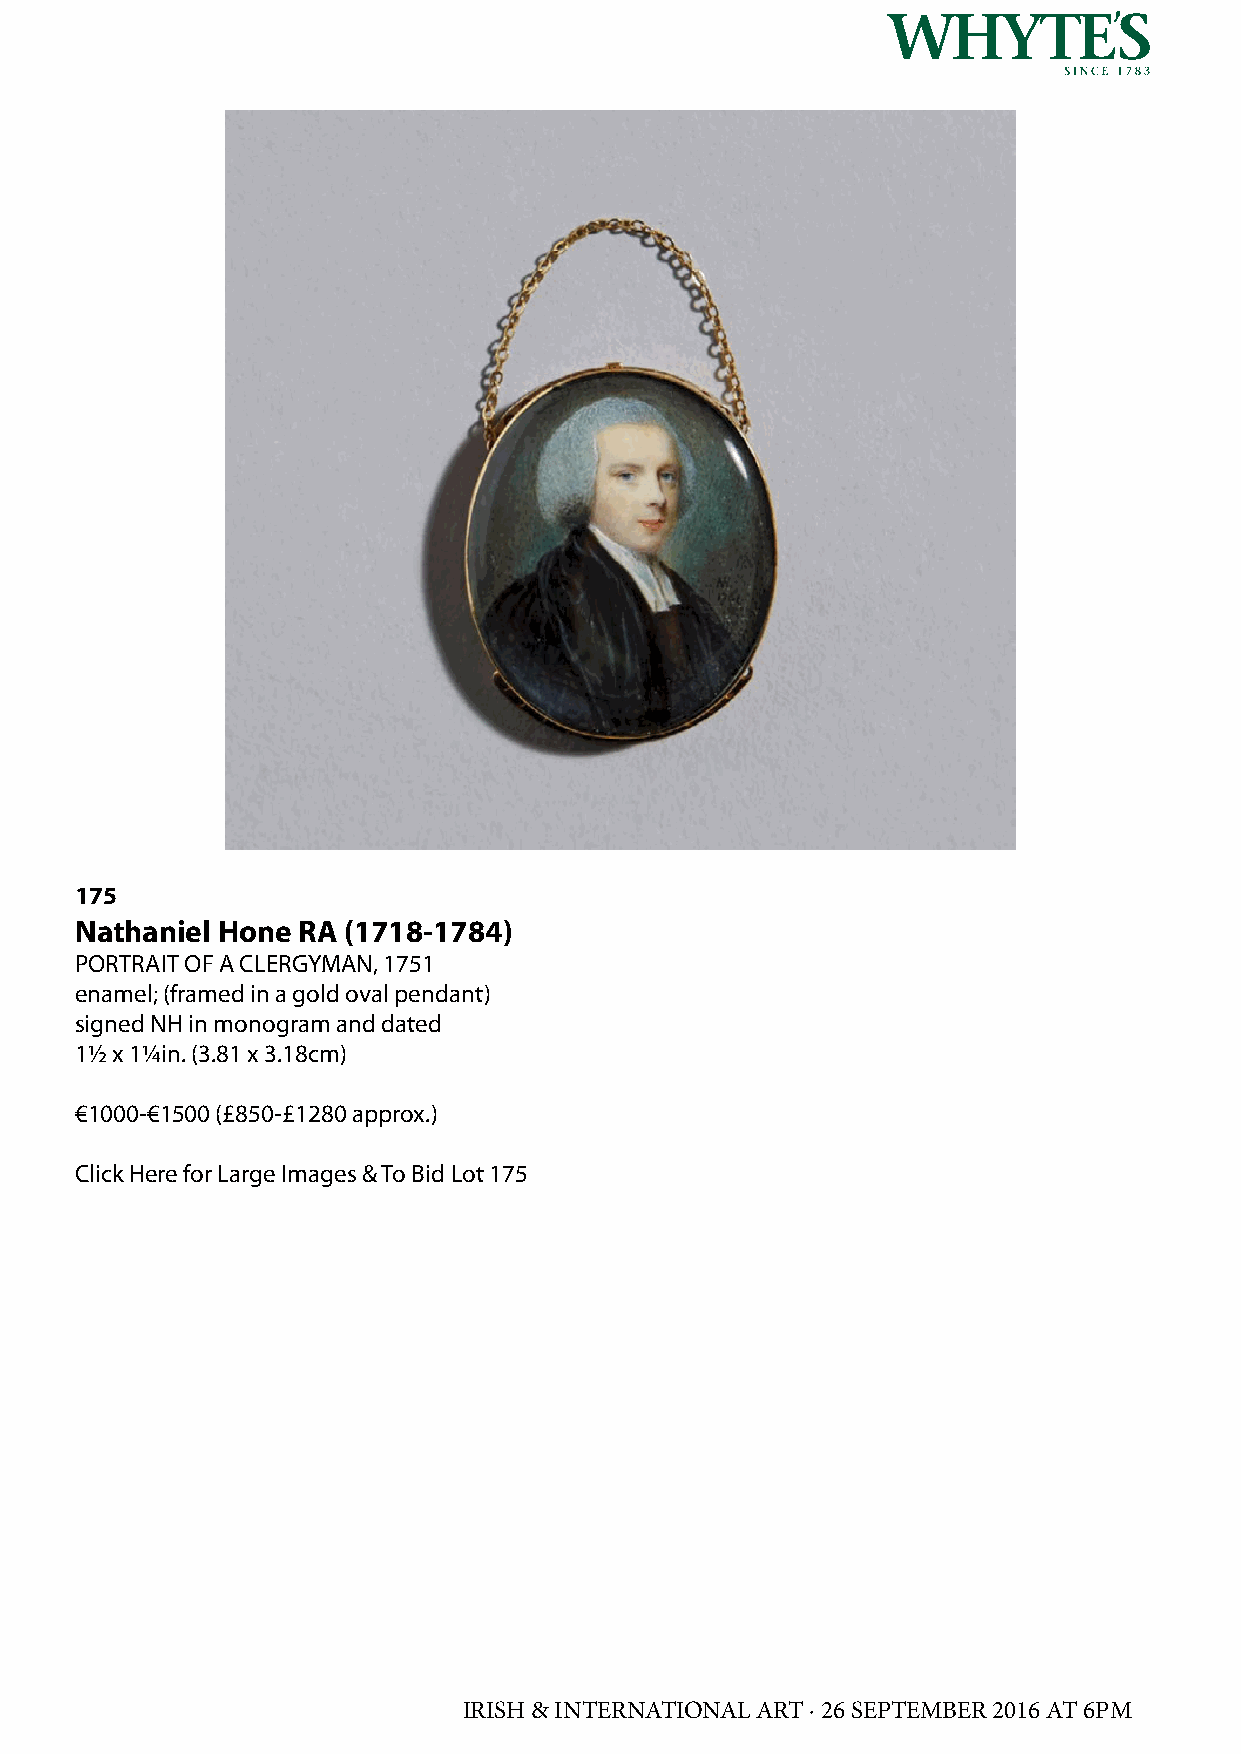
175
 Nathaniel Hone RA (1718-1784)
 PORTRAIT OF A CLERGYMAN, 1751
 enamel; (framed in a gold oval pendant)
 signed NH in monogram and dated
 1½ x 1¼in. (3.81 x 3.18cm)
 €1000-€1500 (£850-£1280 approx.)
 Click Here for Large Images & To Bid Lot 175
 IRISH & INTERNATIONAL ART · 26 SEPTEMBER 2016 AT 6PM